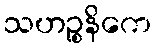
သဟဉ္စနိကေ